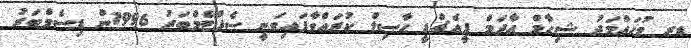
ޑރ މުޙައްމަދު ޝިހާމް އާދަމް ޕީއެޗްޑީ ޙާޞިލް ކުރައްވާފައިވަނީ ސެޕްޓެމްބަރު 1996ން ޑިސެމްބަރު